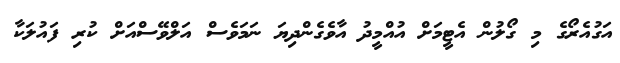
އަގުއެރޯގެ މި ގޯލުން އެޓީމަށް އުއްމީދު އާވެގެންދިޔަ ނަމަވެސް އަލްވޭސްއަށް ކުރި ފައުލަކާ